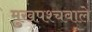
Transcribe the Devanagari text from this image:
मुखपश्चवाले